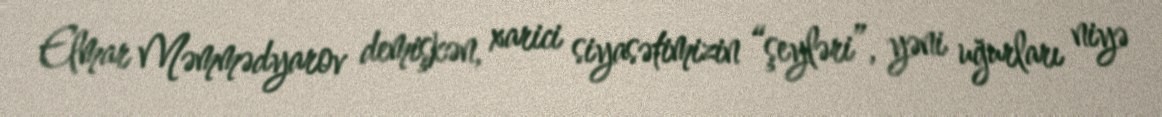
Elmar Məmmədyarov demişkən, xarici siyasətimizin “şeyləri”, yəni uğurları niyə